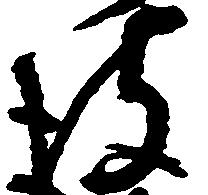
彼